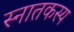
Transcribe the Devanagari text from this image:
स्नातकस्य